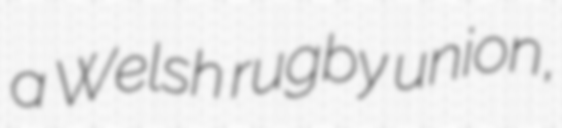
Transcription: a Welsh rugby union,